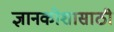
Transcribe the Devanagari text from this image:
ज्ञानकोशासाठी